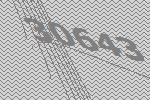
30643